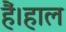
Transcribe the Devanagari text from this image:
हैं।हाल